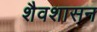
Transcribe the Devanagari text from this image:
शैवशासन